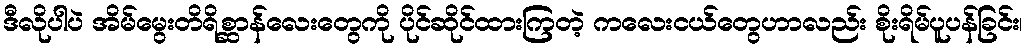
ဒီလိုပါပဲ အိမ်မွေးတိရိစ္ဆာန်လေးတွေကို ပိုင်ဆိုင်ထားကြတဲ့ ကလေးငယ်တွေဟာလည်း စိုးရိမ်ပူပန်ခြင်း၊